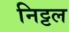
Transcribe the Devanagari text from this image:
निट्टल